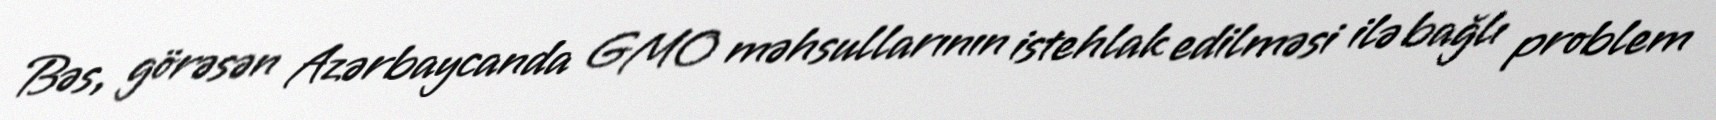
Bəs, görəsən Azərbaycanda GMO məhsullarının istehlak edilməsi ilə bağlı problem